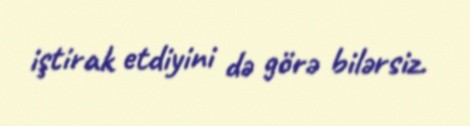
iştirak etdiyini də görə bilərsiz.